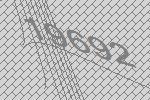
19692